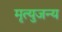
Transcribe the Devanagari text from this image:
मृत्युजन्य